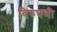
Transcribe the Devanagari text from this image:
विरुपणी